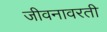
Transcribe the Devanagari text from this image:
जीवनावरती